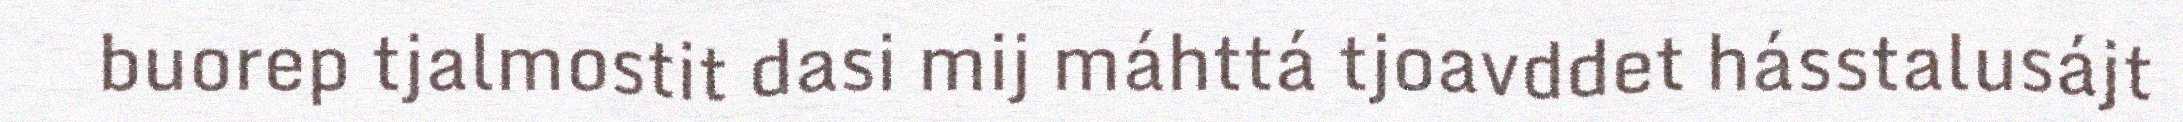
buorep tjalmostit dasi mij máhttá tjoavddet hásstalusájt